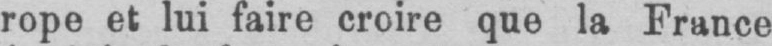
rope et lui faire croire que la France